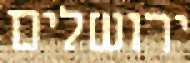
ירושלים